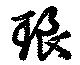
琅